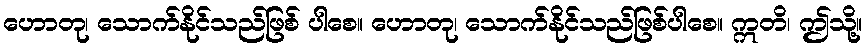
ဟောတု၊ သောက်နိုင်သည်ဖြစ် ပါစေ။ ဟောတု၊ သောက်နိုင်သည်ဖြစ်ပါစေ။ ဣတိ၊ ဤသို့။